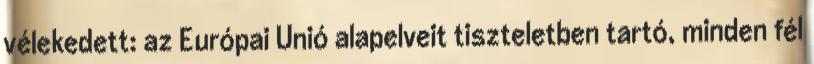
vélekedett: az Európai Unió alapelveit tiszteletben tartó, minden fél